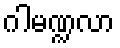
ဂါမဏ္ဍလာ